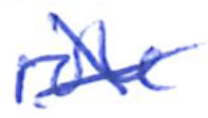
Text: role
Cross-out: cross
Writing tool: ballpoint